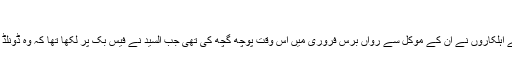
‘
وکیل بشرا حانی نے بتایا ہے کہ مریکہ کی ’سیکرٹ سروس‘ کے اہلکاروں نے ان کے موکل سے رواں برس فروری میں اس وقت پوچھ گچھ کی تھی جب السید نے فیس بک پر لکھا تھا کہ وہ ڈونلڈ ٹرمپ کو قتل کر کے عمر قید کی سزا بھگتنے کےلیے تیار ہے۔